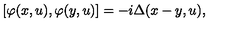
\left[ \varphi ( x , u ) , \varphi ( y , u ) \right] = - i \Delta ( x - y , u ) ,